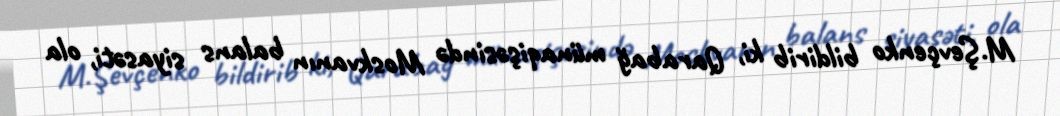
M.Şevçenko bildirib ki, Qarabağ münaqişəsində Moskvanın balans siyasəti, ola